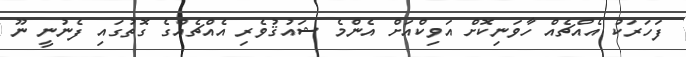
ފަހަރަކު އެއްޗެއް ހާވަނިކޮށް އަވިކްއަށް އެންމެ ޝައުޤުވެރި އެއްޗެއްގެ ގޮތުގައި ފެނުނީ ނޫ